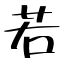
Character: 若